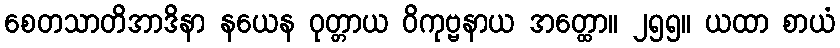
စေတသာတိအာဒိနာ နယေန ဝုတ္တာယ ဝိကုဗ္ဗနာယ အတ္ထော။ ၂၅၅။ ယထာ စာယံ